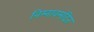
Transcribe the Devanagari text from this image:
निम्नावमंदित